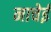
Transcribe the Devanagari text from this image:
नाचेई